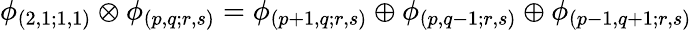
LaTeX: \phi_{(2,1;1,1)}\otimes\phi_{(p,q;r,s)}=\phi_{(p+1,q;r,s)}\oplus\phi_{(p,q-1;r,s)}\oplus\phi_{(p-1,q+1;r,s)}